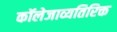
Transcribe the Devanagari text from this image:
कॉलेजाव्यतिरिक्त